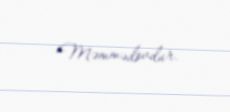
Məmmədovdur.